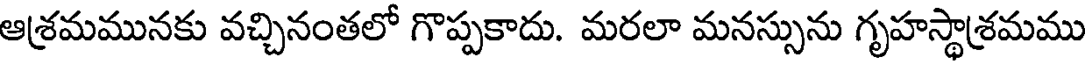
ఆశ్రమమునకు వచ్చినంతలో గొప్పకాదు. మరలా మనస్సును గృహస్థాశ్రమము